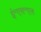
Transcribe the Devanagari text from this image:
ई॰एस॰एल